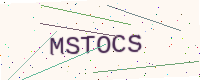
Text: MSTOCS